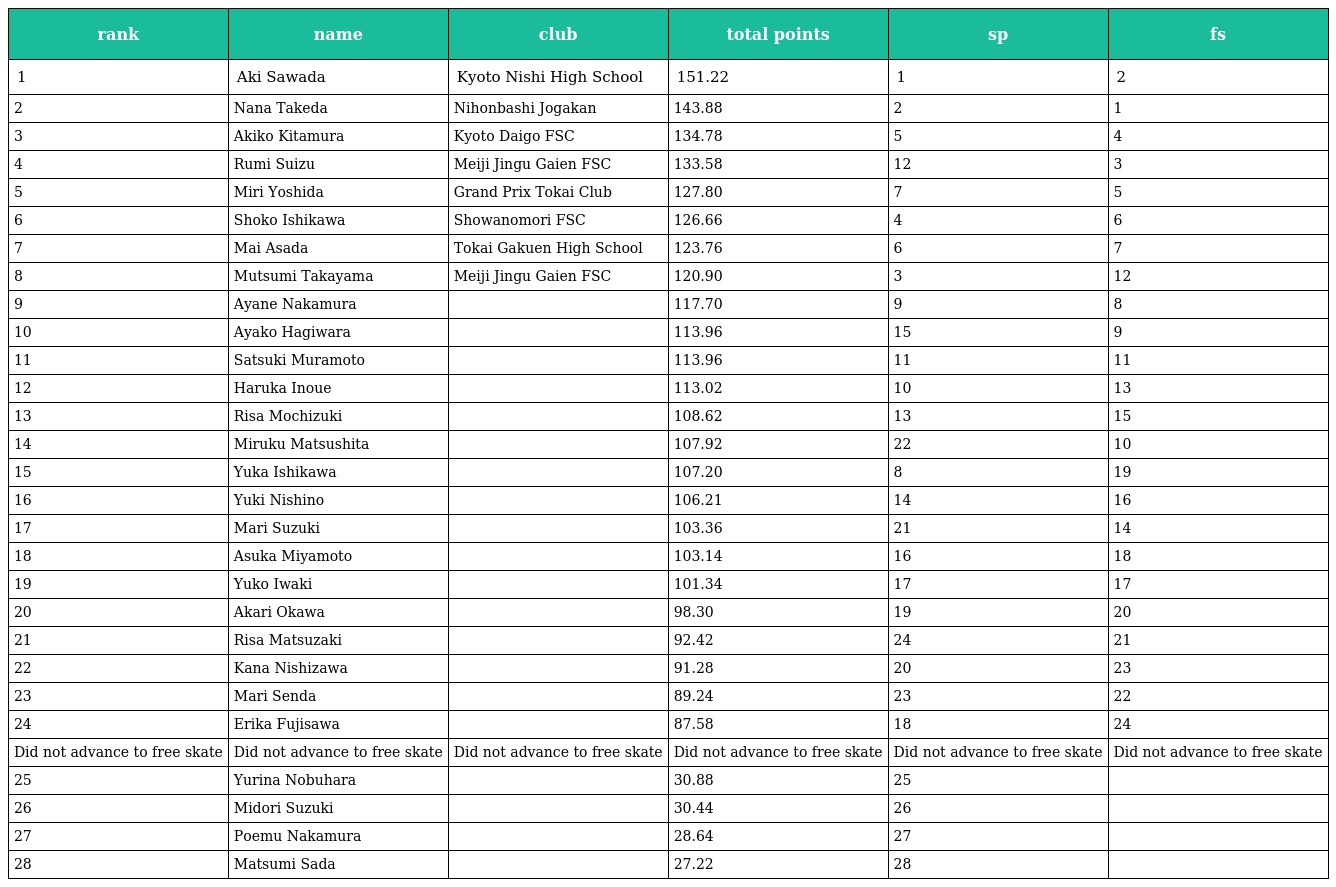
| rank | name | club | total points | sp | fs |
 | --- | --- | --- | --- | --- | --- |
 | 1 | Aki Sawada | Kyoto Nishi High School | 151.22 | 1 | 2 |
 | 2 | Nana Takeda | Nihonbashi Jogakan | 143.88 | 2 | 1 |
 | 3 | Akiko Kitamura | Kyoto Daigo FSC | 134.78 | 5 | 4 |
 | 4 | Rumi Suizu | Meiji Jingu Gaien FSC | 133.58 | 12 | 3 |
 | 5 | Miri Yoshida | Grand Prix Tokai Club | 127.80 | 7 | 5 |
 | 6 | Shoko Ishikawa | Showanomori FSC | 126.66 | 4 | 6 |
 | 7 | Mai Asada | Tokai Gakuen High School | 123.76 | 6 | 7 |
 | 8 | Mutsumi Takayama | Meiji Jingu Gaien FSC | 120.90 | 3 | 12 |
 | 9 | Ayane Nakamura |  | 117.70 | 9 | 8 |
 | 10 | Ayako Hagiwara |  | 113.96 | 15 | 9 |
 | 11 | Satsuki Muramoto |  | 113.96 | 11 | 11 |
 | 12 | Haruka Inoue |  | 113.02 | 10 | 13 |
 | 13 | Risa Mochizuki |  | 108.62 | 13 | 15 |
 | 14 | Miruku Matsushita |  | 107.92 | 22 | 10 |
 | 15 | Yuka Ishikawa |  | 107.20 | 8 | 19 |
 | 16 | Yuki Nishino |  | 106.21 | 14 | 16 |
 | 17 | Mari Suzuki |  | 103.36 | 21 | 14 |
 | 18 | Asuka Miyamoto |  | 103.14 | 16 | 18 |
 | 19 | Yuko Iwaki |  | 101.34 | 17 | 17 |
 | 20 | Akari Okawa |  | 98.30 | 19 | 20 |
 | 21 | Risa Matsuzaki |  | 92.42 | 24 | 21 |
 | 22 | Kana Nishizawa |  | 91.28 | 20 | 23 |
 | 23 | Mari Senda |  | 89.24 | 23 | 22 |
 | 24 | Erika Fujisawa |  | 87.58 | 18 | 24 |
 | Did not advance to free skate | Did not advance to free skate | Did not advance to free skate | Did not advance to free skate | Did not advance to free skate | Did not advance to free skate |
 | 25 | Yurina Nobuhara |  | 30.88 | 25 |  |
 | 26 | Midori Suzuki |  | 30.44 | 26 |  |
 | 27 | Poemu Nakamura |  | 28.64 | 27 |  |
 | 28 | Matsumi Sada |  | 27.22 | 28 |  |